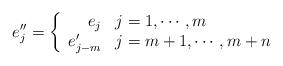
LaTeX: \begin{align*} e''_{j}=\left\{\begin{array}{rl}e_{j} & j=1,\cdots, m \\e'_{j-m} & j=m + 1,\cdots, m + n \\\end{array} \right.\end{align*}